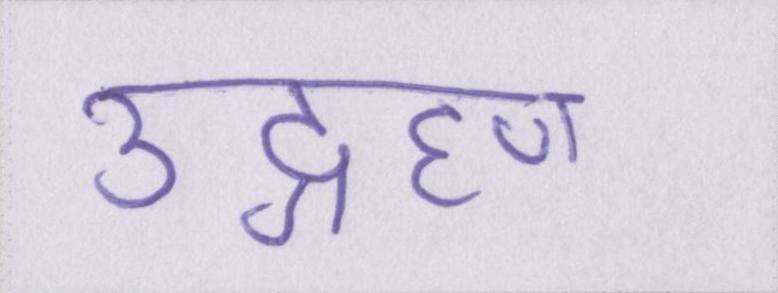
उद्ग्रहण